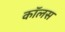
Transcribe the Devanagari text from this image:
कॉलस